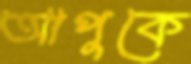
আপুকে